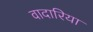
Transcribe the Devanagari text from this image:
वादारिया